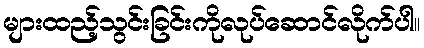
များထည့်သွင်းခြင်းကိုလုပ်ဆောင်လိုက်ပါ။